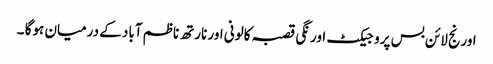
اورنج لائن بس پروجیکٹ اورنگی قصبہ کالونی اور نارتھ ناظم آباد کے درمیان ہوگا ۔